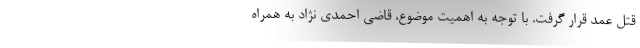
قتل عمد قرار گرفت. با توجه به اهمیت موضوع، قاضی احمدی نژاد به همراه